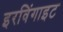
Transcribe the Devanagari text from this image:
इरविंगाइट